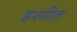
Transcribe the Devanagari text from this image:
इश्मीत